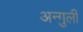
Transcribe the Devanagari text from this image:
अन्गुली